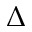
\Delta